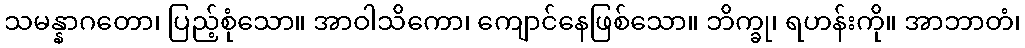
သမန္နာဂတော၊ ပြည့်စုံသော။ အာဝါသိကော၊ ကျောင်နေဖြစ်သော။ ဘိက္ခု၊ ရဟန်းကို။ အာဘာတံ၊